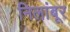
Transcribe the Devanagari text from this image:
निलांबूर